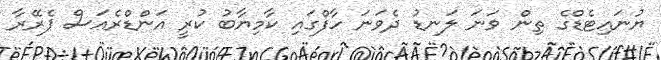
ޔުނައިޓެޑްގެ ތިން ވަނަ ލަނޑު ދެވަނަ ހާފްގައި ކާމިޔާބު ކުރީ އަންޑްރެއަސް ޕެރޭރާ